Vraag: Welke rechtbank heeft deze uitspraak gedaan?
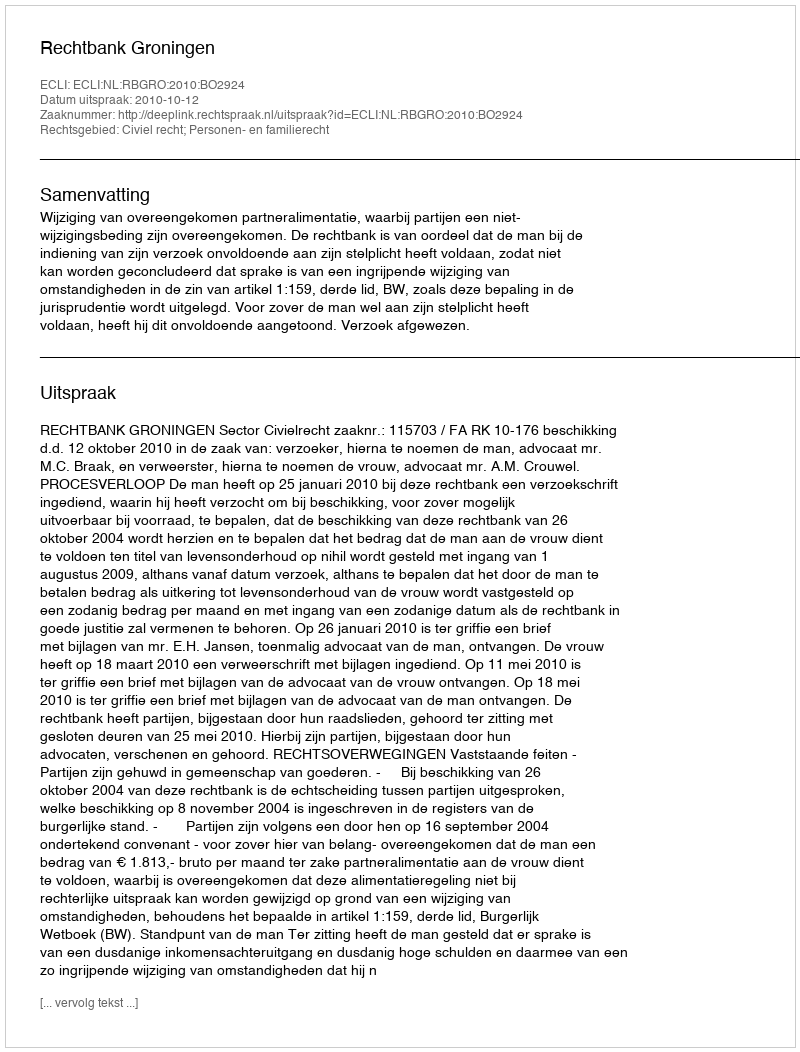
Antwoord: Rechtbank Groningen